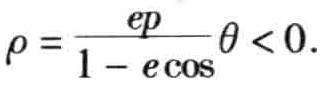
\(\rho = \frac{ep}{1 - e\cos\theta}<0\)